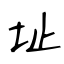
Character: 址